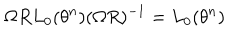
\Omega R L _ { 0 } ( \theta ^ { n } ) ( \Omega R ) ^ { - 1 } = L _ { 0 } ( \theta ^ { n } )